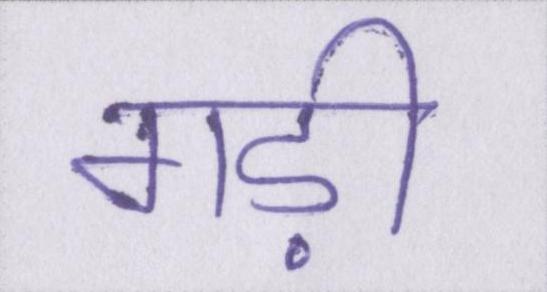
गड़ी